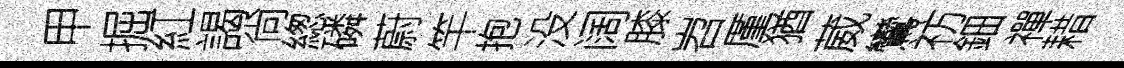
甲掘紅謁尙緫磷蔚竿抱没阔膝岧厪猶葳鸞祊鈿禪耤